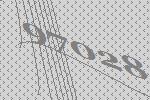
97028